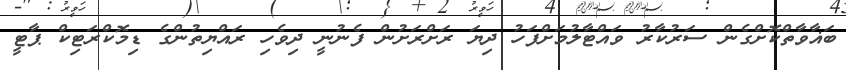
ބަޣާވާތްކޮށްގެން ސަރުކާރު ވައްޓާލުމަށްފަހު ދިޔަ ރަށްރަށުން ފެނުނީ ދިވެހި ރައްޔިތުންގެ ޑިމޮކްރަޓިކް ޕާޓީ